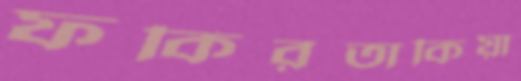
ফকিরতাকিয়া